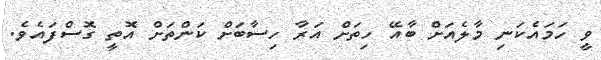
ވީ ހަމައެކަނި މާލެއަށް ބާއޭ ހިތަށް އަރާ ހިސާބަށް ކަންތަށް އޮތީ ގޮސްފައެވެ.